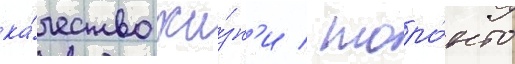
ка́чество жи́зн'и / торо́нто